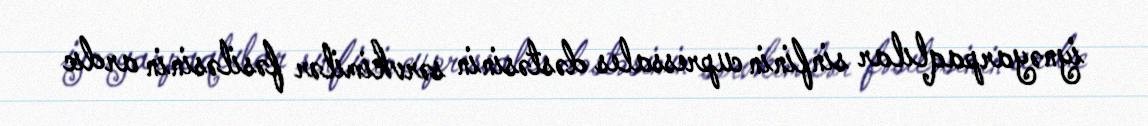
i̇ynəyarpaqlılar sinfinin cupressales dəstəsinin sərvkimilər fəsiləsinin ardıc